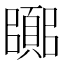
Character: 𮨘